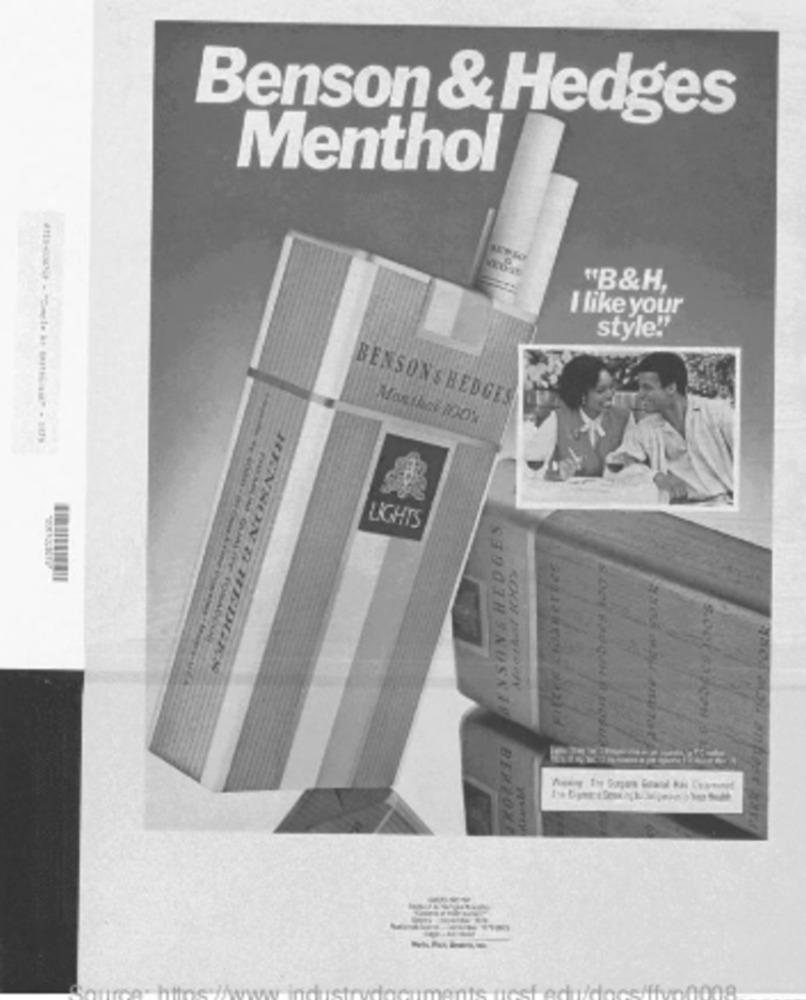
Benson & Hedges
Menthol
"B&H,
I like your
style!"
BENSONSHEDGES
Mosthet 100%
LIGHTS
HENSONTHEDGES
BERZOXE
----
10008